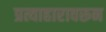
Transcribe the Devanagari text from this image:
प्रत्याहारावरून